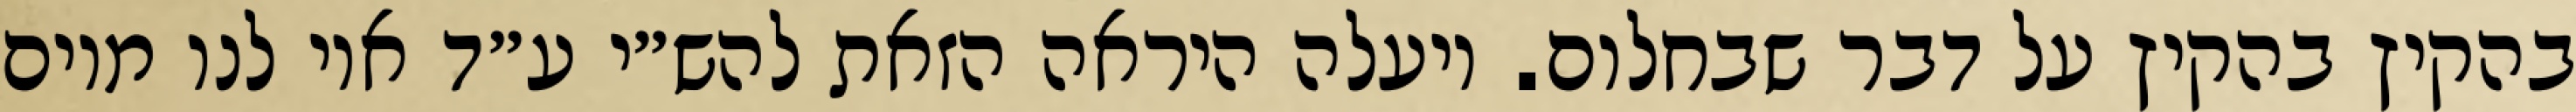
בהקיץ בהקיץ על דבר שבחלום. ויעלה היראה הזאת להש״י ע״ד אוי לנו מיום